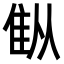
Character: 𫕚